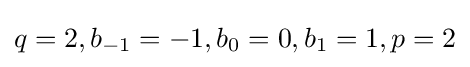
q=2,b_{-1}=-1,b_{0}=0,b_{1}=1,p=2